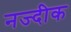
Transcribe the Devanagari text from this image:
नज्दीक